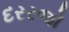
દરરજો